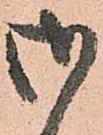
御